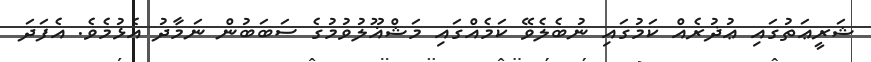
ޝަރީޢަތުގައި ޢުޛުރެއް ކަމުގައި ނުބެލެވޭ ކަމެއްގައި މަޝްޣޫލުވުމުގެ ސަބަބުން ނަމާދު އެޅުމެވެ. އެފަދަ